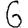
Digit: 6